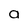
Character: a